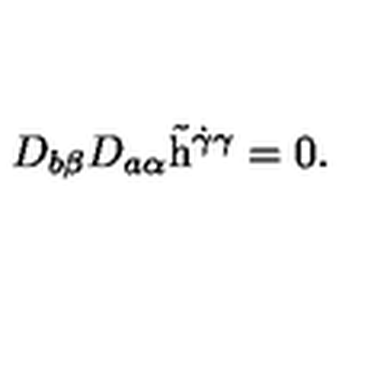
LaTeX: D _ { b \beta } D _ { a \alpha } \tilde { \mathrm { h } } ^ { \dot { \gamma } \gamma } = 0 .